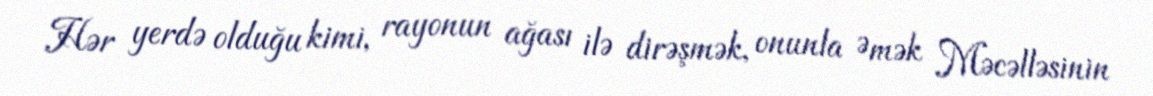
Hər yerdə olduğu kimi, rayonun ağası ilə dirəşmək, onunla Əmək Məcəlləsinin